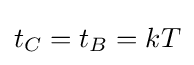
t_{C}=t_{B}=kT